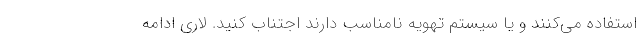
استفاده می‌کنند و یا سیستم تهویه نامناسب دارند اجتناب کنید. لاری ادامه